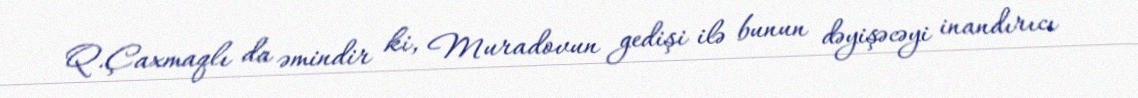
Q.Çaxmaqlı da əmindir ki, Muradovun gedişi ilə bunun dəyişəcəyi inandırıcı